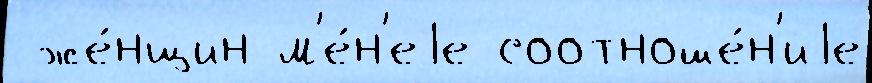
 же́нщин м'е́н'еjе соотноше́н'иjе